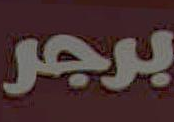
برجر